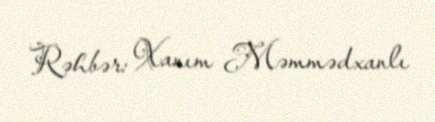
Rəhbər: Xanım Məmmədxanlı